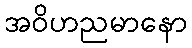
အဝိဟညမာနော